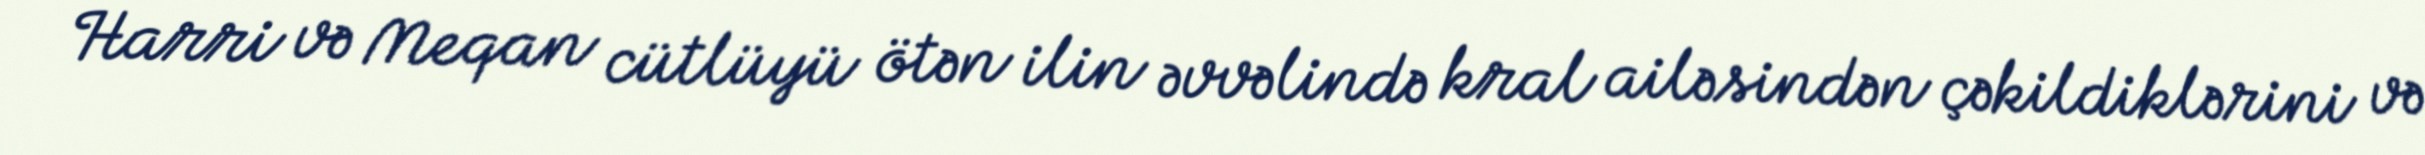
Harri və Meqan cütlüyü ötən ilin əvvəlində kral ailəsindən çəkildiklərini və